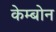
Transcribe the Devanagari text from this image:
केम्बोन